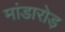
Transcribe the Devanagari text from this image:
मांडारोड़